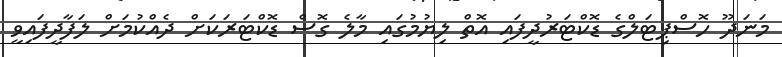
މަނަދޫ ހޮސްޕިޓަލްގެ ޑޮކްޓަރުދީފައި އޮތް ލިޔުމުގައި މާލެ ގޮސް ޑޮކްޓަރަކަށް ދެއްކުމަށް ލަފާދީފައިވީ